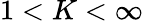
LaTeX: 1<K<\infty